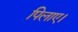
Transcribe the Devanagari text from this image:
पिलाए।